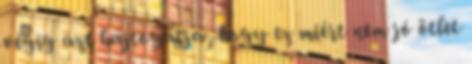
végig azt hajtogatja, hogy ez miért nem jó ötlet